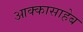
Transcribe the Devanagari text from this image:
आक्कासाहेब